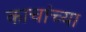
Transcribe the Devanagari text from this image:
काचांच्या